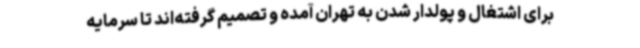
برای اشتغال و پولدار شدن به تهران آمده و تصمیم گرفته‌اند تا سرمایه